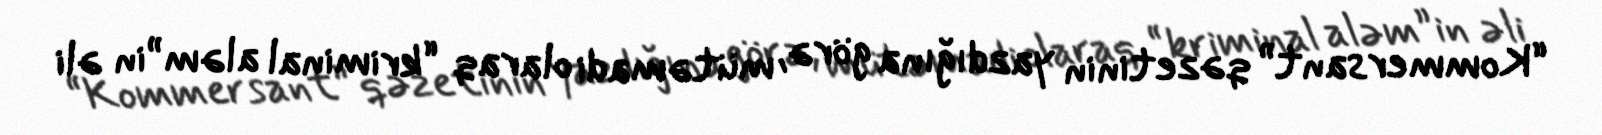
“Kommersant” qəzetinin yazdığına görə, mütəmadi olaraq “kriminal aləm”in əli